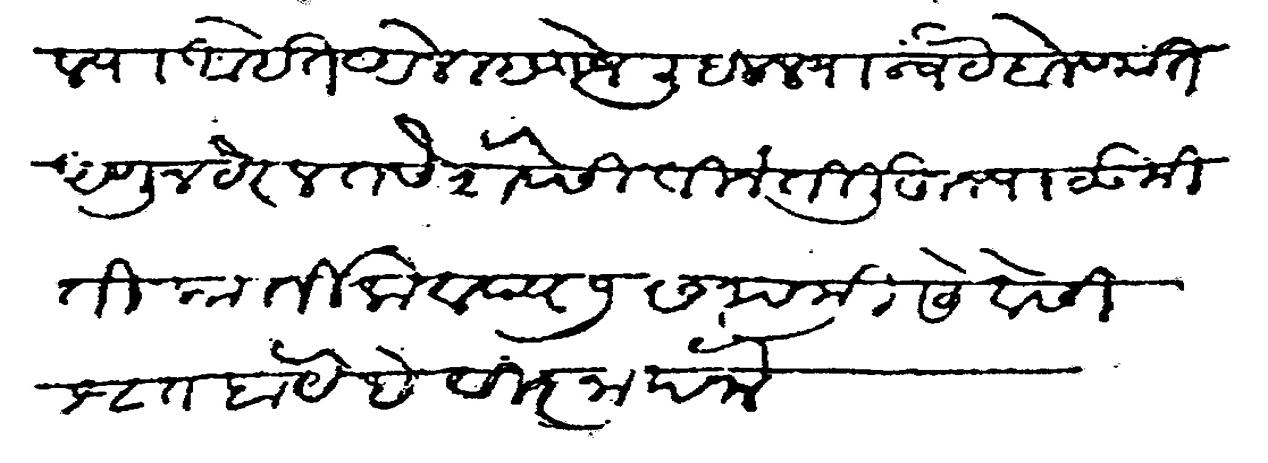
Transliteration (Devanagari): पाठविल्या आहेत आले म्हणजे लिहील्या अन्वये बोलण्यात आणून ठरेल तसे शेवेसी विनती लिहून पाठवू मीती कार्तिक वद्य ७ सप्तमी सेवेसी श्रृत होये हे विज्ञापना